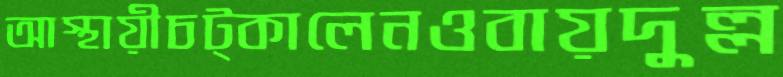
আস্থায়ীচট্‌কালেনওবায়দুল্ল